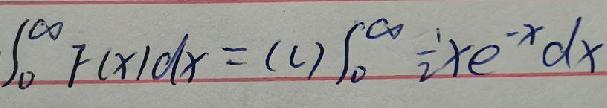
\(\int_{0}^{\infty} F(x)dx = (c)\int_{0}^{\infty}\frac{1}{2}xe^{-x}dx\)